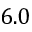
6 . 0